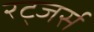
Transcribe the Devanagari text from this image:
रट्जर्स